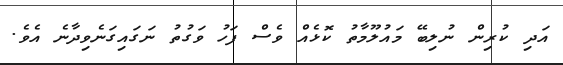
އަދި ކުރިން ނުލިބޭ މައުލޫމާތު ކޮޅެއް ވެސް ފަހު ވަގުތު ނަގައިގަނެވިދާނެ އެވެ.